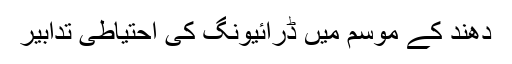
دھند کے موسم میں ڈرائیونگ کی احتیاطی تدابیر